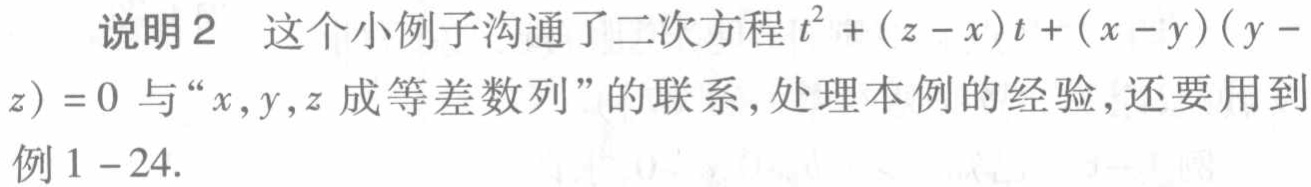
说明2 这个小例子沟通了二次方程\(t^{2}+(z - x)t+(x - y)(y - z)=0\)与“\(x,y,z\)成等差数列”的联系，处理本例的经验，还要用到例1--24.